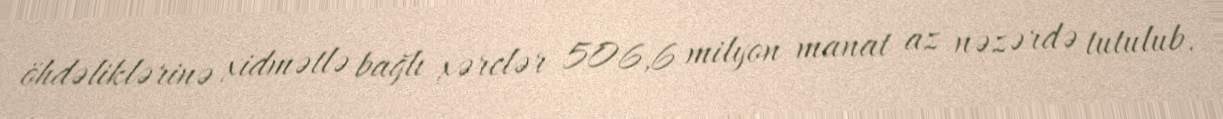
öhdəliklərinə xidmətlə bağlı xərclər 506,6 milyon manat az nəzərdə tutulub.